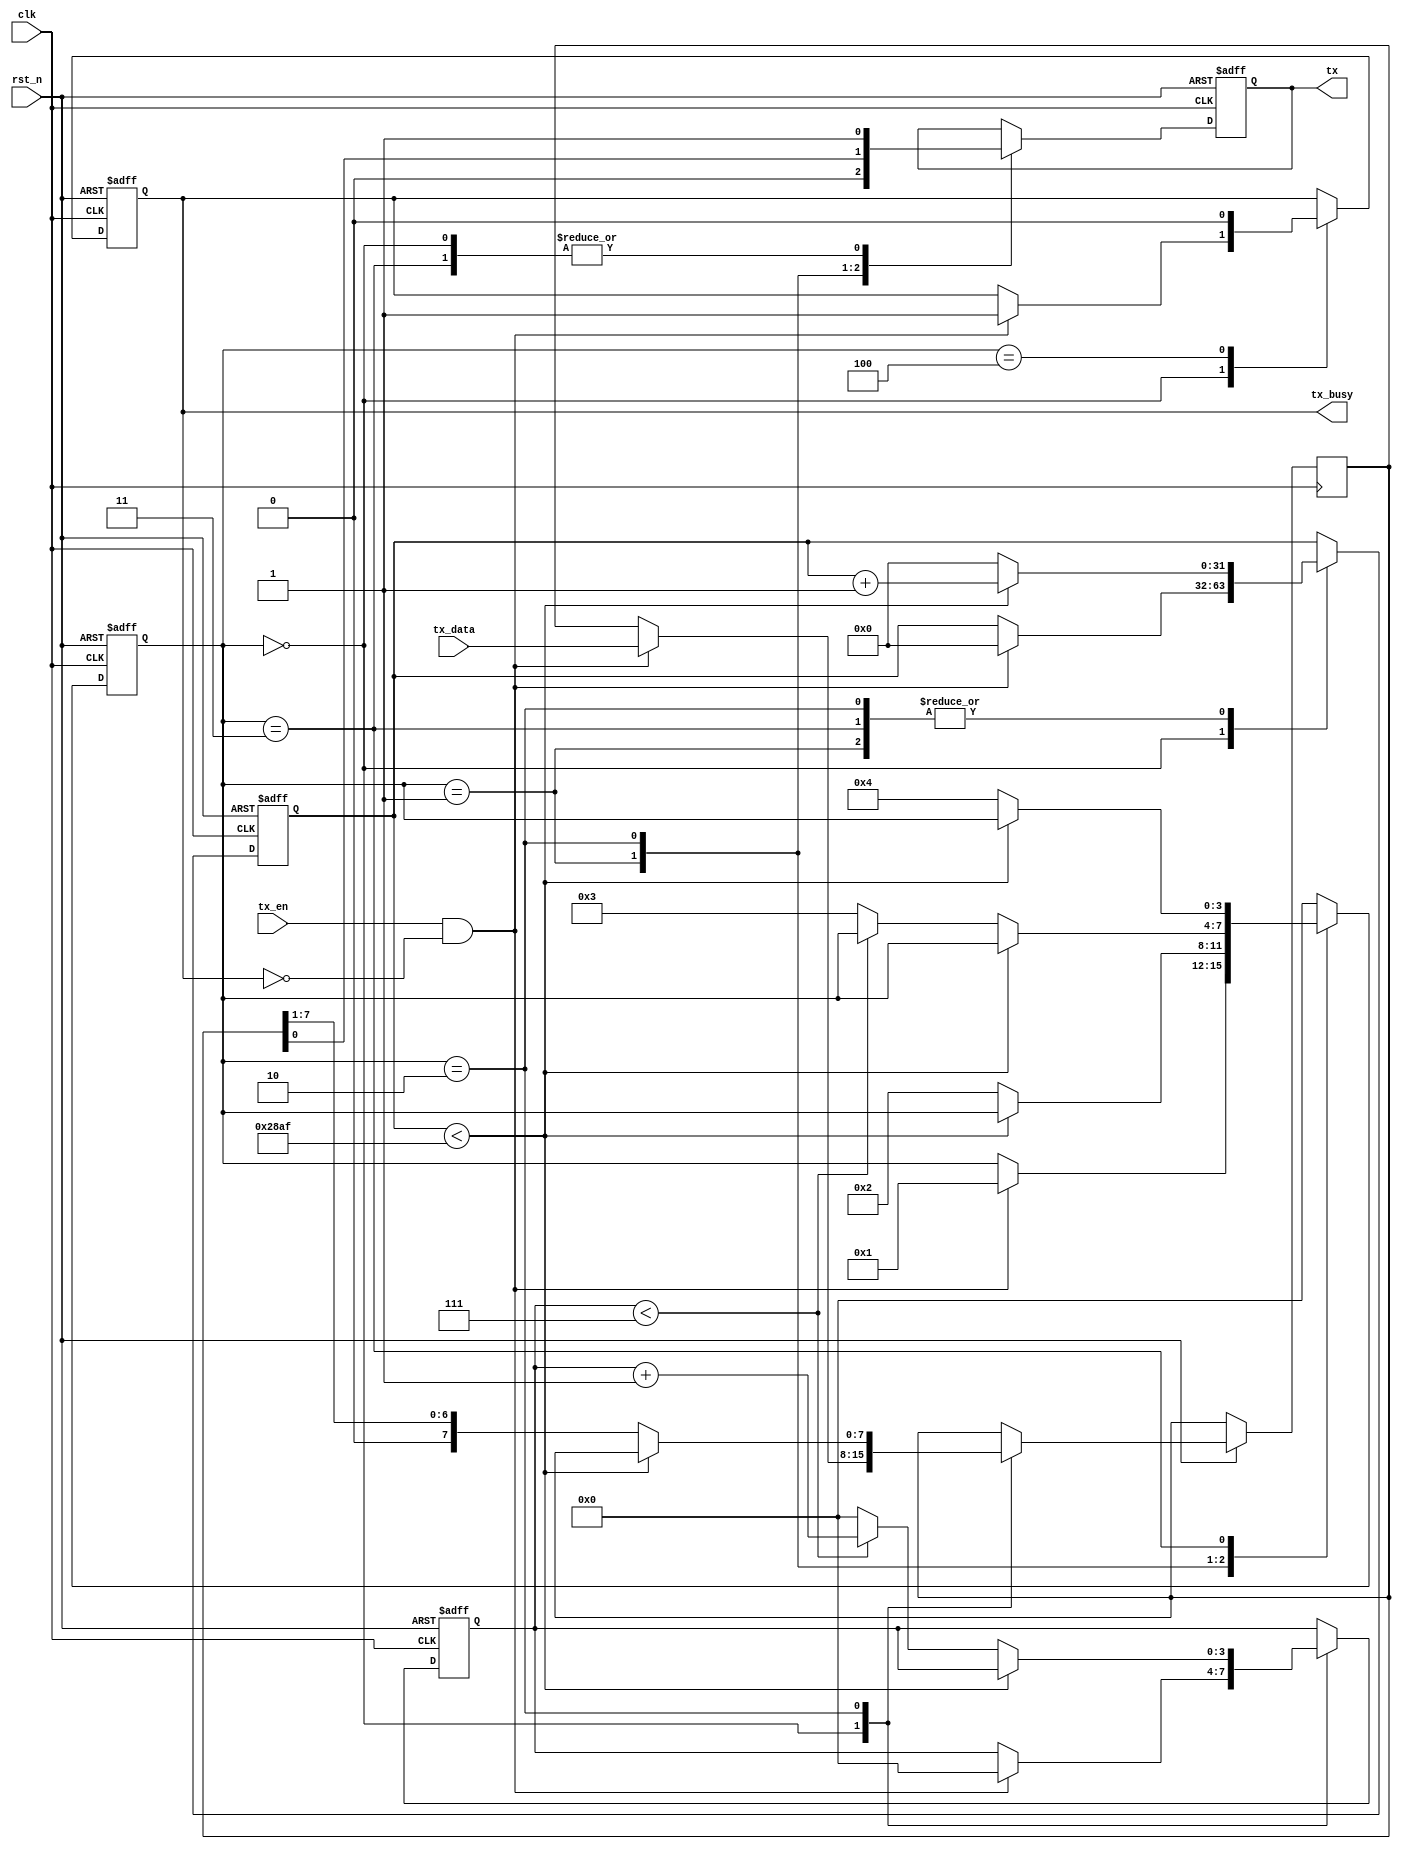
module uart_tx (
    input wire clk,               // Clock input
    input wire rst_n,             // Active low reset
    input wire [7:0] tx_data,     // Data to be transmitted
    input wire tx_en,             // Transmit enable
    output reg tx,                // UART transmit line
    output reg tx_busy            // Transmit busy signal
);

    // Parameters
    parameter CLK_FREQ = 100000000;  // Clock frequency in Hz
    parameter BAUD_RATE = 9600;     // Baud rate
    parameter BIT_CNT_MAX = CLK_FREQ / BAUD_RATE;  // Bit interval count

    // State definitions
    localparam IDLE = 0;
    localparam START_BIT = 1;
    localparam DATA_BITS = 2;
    localparam STOP_BIT = 3;
    localparam CLEANUP = 4;

    // State machine variables
    reg [3:0] state = IDLE;
    reg [3:0] bit_cnt = 0;
    reg [31:0] tick_cnt = 0;
    reg [7:0] shift_reg;

    always @(posedge clk or negedge rst_n) begin
        if (!rst_n) begin
            tx <= 1'b1;            // Drive line to idle state
            state <= IDLE;
            tx_busy <= 1'b0;
            tick_cnt <= 0;
            bit_cnt <= 0;
        end else begin
            case (state)
                IDLE: begin
                    tx <= 1'b1;
                    if (tx_en && !tx_busy) begin
                        shift_reg <= tx_data;
                        tick_cnt <= 0;
                        bit_cnt <= 0;
                        state <= START_BIT;
                        tx_busy <= 1'b1;
                    end
                end
                START_BIT: begin
                    tx <= 1'b0;
                    if (tick_cnt < BIT_CNT_MAX - 1) begin
                        tick_cnt <= tick_cnt + 1;
                    end else begin
                        tick_cnt <= 0;
                        state <= DATA_BITS;
                    end
                end
                DATA_BITS: begin
                    tx <= shift_reg[0];
                    if (tick_cnt < BIT_CNT_MAX - 1) begin
                        tick_cnt <= tick_cnt + 1;
                    end else begin
                        tick_cnt <= 0;
                        shift_reg <= shift_reg >> 1;
                        if (bit_cnt < 7) begin
                            bit_cnt <= bit_cnt + 1;
                        end else begin
                            bit_cnt <= 0;
                            state <= STOP_BIT;
                        end
                    end
                end
                STOP_BIT: begin
                    tx <= 1'b1;
                    if (tick_cnt < BIT_CNT_MAX - 1) begin
                        tick_cnt <= tick_cnt + 1;
                    end else begin
                        tick_cnt <= 0;
                        state <= CLEANUP;
                    end
                end
                CLEANUP: begin
                    tx_busy <= 1'b0;
                    state <= IDLE;
                end
                default: begin
                    state <= IDLE;
                end
            endcase
        end
    end

endmodule